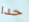
حدا